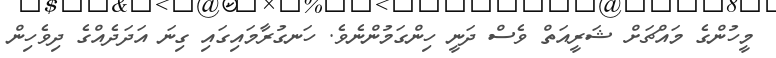
މީހުންގެ މައްޗަށް ޝަރީއަތް ވެސް ދަނީ ހިންގަމުންނެވެ. ހަނގުރާމައިގައި ގިނަ އަދަދެއްގެ ދިވެހިން